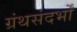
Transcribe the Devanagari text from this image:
ग्रंथसंदर्भों